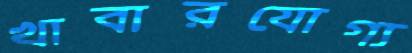
খাবারযোগ্য